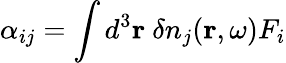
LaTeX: \alpha_{ij}=\int d^{3}\textbf{r}~\delta n_{j}(\textbf{r},\omega)F_{i}